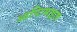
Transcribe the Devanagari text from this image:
आप्टिमाइज